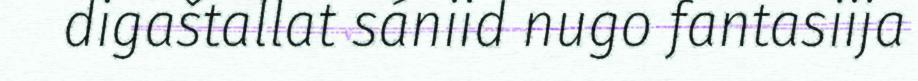
digaštallat sániid nugo fantasiija